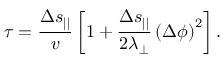
\tau = \frac { \Delta s _ { | | } } { v } \left[ 1 + \frac { \Delta s _ { | | } } { 2 \lambda _ { \perp } } \left( \Delta \phi \right) ^ { 2 } \right] .